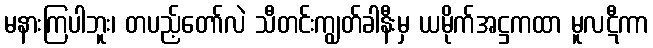
မနားကြပါဘူး၊ တပည့်တော်လဲ သီတင်းကျွတ်ခါနီးမှ ယမိုက်အဋ္ဌကထာ မူလဋီကာ